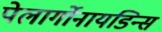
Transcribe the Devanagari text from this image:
पेलार्गोनायडिन्स